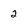
Character: 2